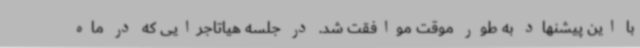
با این پیشنهاد به طور موقت موافقت شد. در جلسه هیاتاجرایی که در ماه